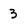
Character: 3